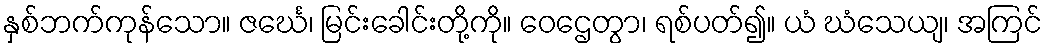
နှစ်ဘက်ကုန်သော။ ဇင်္ဃေ၊ မြင်းခေါင်းတို့ကို။ ဝေဌေတွာ၊ ရစ်ပတ်၍။ ယံ ဃံသေယျ၊ အကြင်